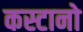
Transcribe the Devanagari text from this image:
कस्टानो